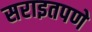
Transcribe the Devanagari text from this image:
सराइतपणे